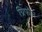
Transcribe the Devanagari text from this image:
ग्रिफौन